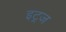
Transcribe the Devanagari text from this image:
इट्रज